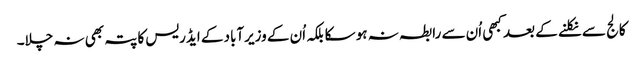
کالج سے نکلنے کے بعد کبھی اُن سے رابطہ نہ ہو سکا بلکہ اُن کے وزیرآباد کے ایڈریس کا پتہ بھی نہ چلا۔